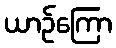
ယာဉ်ကြော